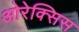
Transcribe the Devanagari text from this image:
ओरेक्सिस